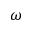
\omega